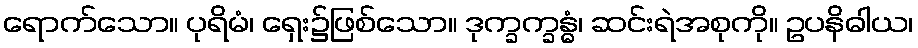
ရောက်သော။ ပုရိမံ၊ ရှေး၌ဖြစ်သော။ ဒုက္ခက္ခန္ဓံ၊ ဆင်းရဲအစုကို။ ဥပနိဓါယ၊